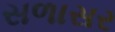
સળાસર